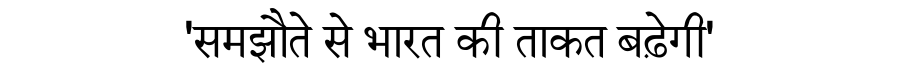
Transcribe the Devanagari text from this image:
'समझौते से भारत की ताकत बढ़ेगी'